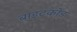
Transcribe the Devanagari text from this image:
बाइटकोड